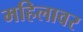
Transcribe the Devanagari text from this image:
महिलावर